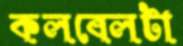
কলবেলটা